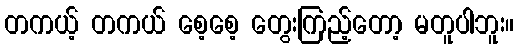
တကယ့် တကယ် စေ့စေ့ တွေးကြည့်တော့ မတူပါဘူး။